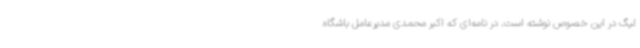
لیگ در این خصوص نوشته است. در نامه‌ای که اکبر محمدی مدیرعامل باشگاه